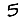
Digit: 5